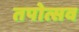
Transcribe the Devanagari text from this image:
तपोत्सव